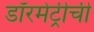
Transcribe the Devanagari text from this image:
डॉरमेट्रीची